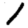
Digit: 1